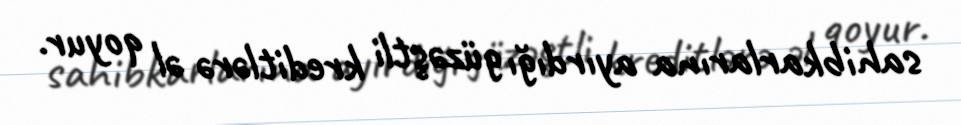
sahibkarlarına ayırdığı güzəştli kreditlərə əl qoyur.